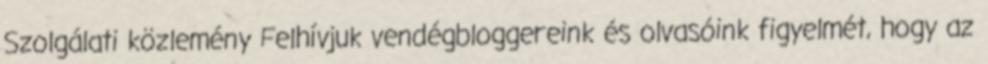
Szolgálati közlemény Felhívjuk vendégbloggereink és olvasóink figyelmét, hogy az